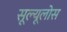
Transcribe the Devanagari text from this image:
सूल्यूलोस